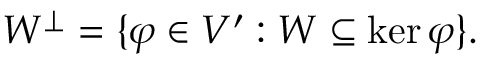
W ^ { \perp } = \{ \varphi \in V ^ { \prime } : W \subseteq \ker \varphi \} .